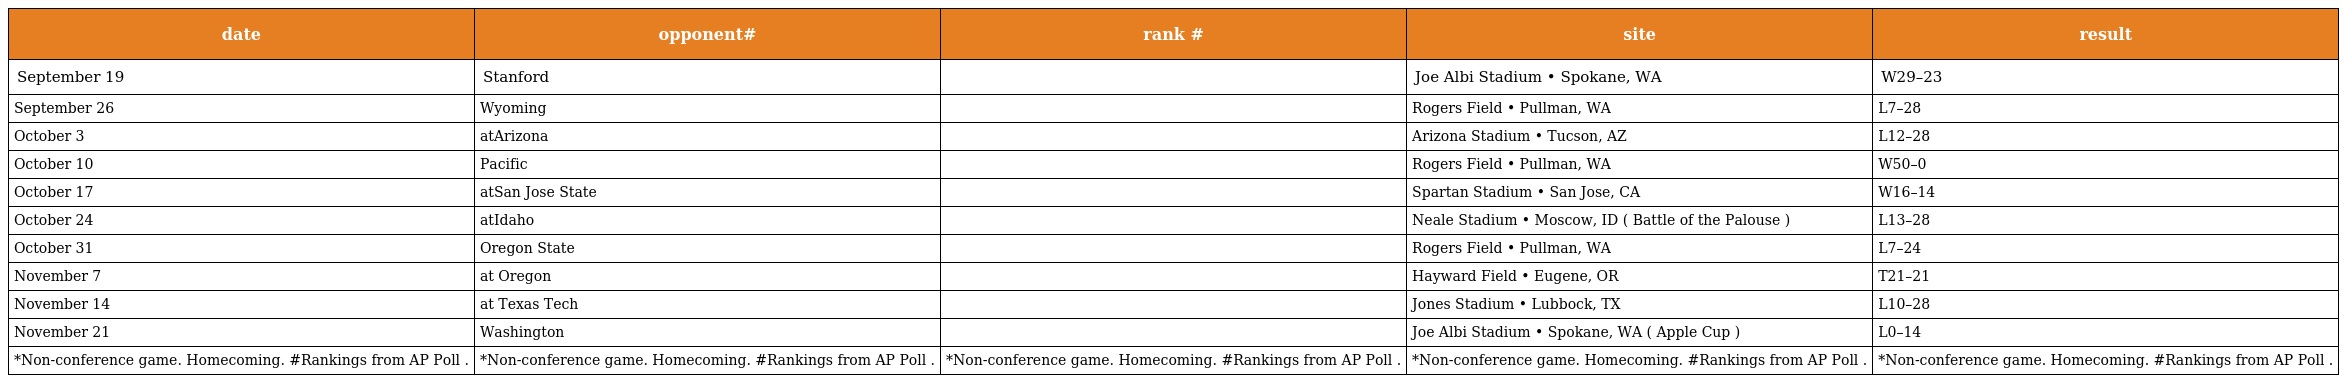
| date | opponent# | rank # | site | result |
 | --- | --- | --- | --- | --- |
 | September 19 | Stanford |  | Joe Albi Stadium • Spokane, WA | W29–23 |
 | September 26 | Wyoming |  | Rogers Field • Pullman, WA | L7–28 |
 | October 3 | atArizona |  | Arizona Stadium • Tucson, AZ | L12–28 |
 | October 10 | Pacific |  | Rogers Field • Pullman, WA | W50–0 |
 | October 17 | atSan Jose State |  | Spartan Stadium • San Jose, CA | W16–14 |
 | October 24 | atIdaho |  | Neale Stadium • Moscow, ID ( Battle of the Palouse ) | L13–28 |
 | October 31 | Oregon State |  | Rogers Field • Pullman, WA | L7–24 |
 | November 7 | at Oregon |  | Hayward Field • Eugene, OR | T21–21 |
 | November 14 | at Texas Tech |  | Jones Stadium • Lubbock, TX | L10–28 |
 | November 21 | Washington |  | Joe Albi Stadium • Spokane, WA ( Apple Cup ) | L0–14 |
 | *Non-conference game. Homecoming. #Rankings from AP Poll . | *Non-conference game. Homecoming. #Rankings from AP Poll . | *Non-conference game. Homecoming. #Rankings from AP Poll . | *Non-conference game. Homecoming. #Rankings from AP Poll . | *Non-conference game. Homecoming. #Rankings from AP Poll . |